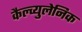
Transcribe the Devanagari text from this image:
कैल्व्युलेनिक